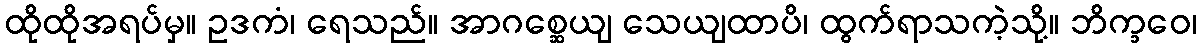
ထိုထိုအရပ်မှ။ ဥဒကံ၊ ရေသည်။ အာဂစ္ဆေယျ သေယျထာပိ၊ ထွက်ရာသကဲ့သို့။ ဘိက္ခဝေ၊